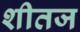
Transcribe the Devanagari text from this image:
शीतज